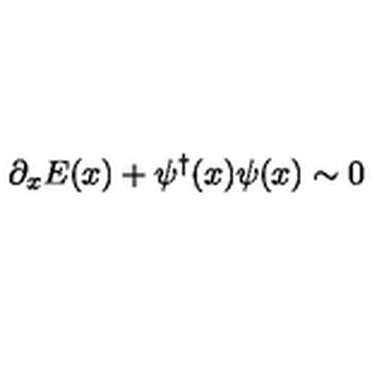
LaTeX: \partial _ { x } E ( x ) + \psi ^ { \dagger } ( x ) \psi ( x ) \sim 0